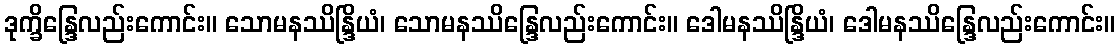
ဒုက္ခိန္ဒြေလည်းကောင်း။ သောမနဿိန္ဒြိယံ၊ သောမနဿိန္ဒြေလည်းကောင်း။ ဒေါမနဿိန္ဒြိယံ၊ ဒေါမနဿိန္ဒြေလည်းကောင်း။